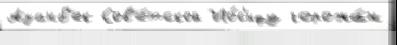
Азанб'ек Сов'е́тской Ио́с'ифу горожа́н